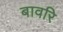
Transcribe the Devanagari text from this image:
बावरि